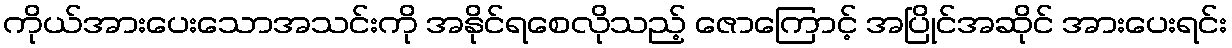
ကိုယ်အားပေးသောအသင်းကို အနိုင်ရစေလိုသည့် ဇောကြောင့် အပြိုင်အဆိုင် အားပေးရင်း